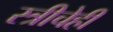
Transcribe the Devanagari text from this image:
स्त्रीचेही